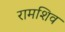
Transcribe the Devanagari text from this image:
रामशिव